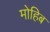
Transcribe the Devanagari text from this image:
मोहिब